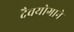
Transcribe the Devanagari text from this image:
दैवयोगाने